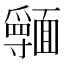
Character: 𩉃